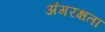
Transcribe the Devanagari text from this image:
अंगरक्षता